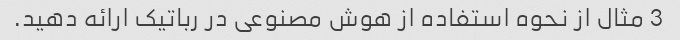
3 مثال از نحوه استفاده از هوش مصنوعی در رباتیک ارائه دهید.